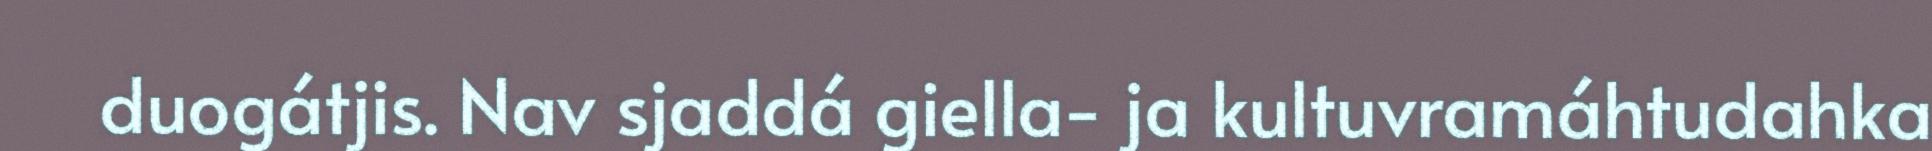
duogátjis. Nav sjaddá giella- ja kultuvramáhtudahka